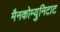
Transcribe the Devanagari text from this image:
मैनकोम्युनिटाट